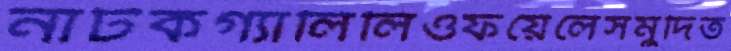
নাটকগ্যালিলিওফয়েলেসমুদিত